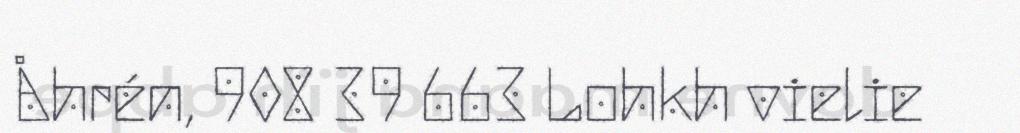
Åhrén, 908 39 663 Lohkh vielie